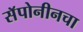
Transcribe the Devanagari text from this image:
सॅपोनीनचा